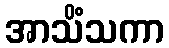
အာသိံသကာ